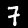
Label: 7